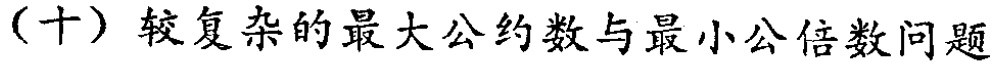
（十）较复杂的最大公约数与最小公倍数问题